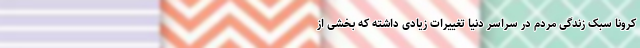
کرونا سبک زندگی مردم در سراسر دنیا تغییرات زیادی داشته که بخشی از